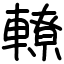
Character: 轑